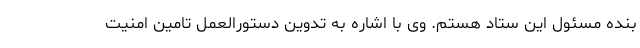
بنده مسئول این ستاد هستم. وی با اشاره به تدوین دستورالعمل تامین امنیت